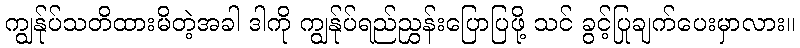
ကျွန်ုပ်သတိထားမိတဲ့အခါ ဒါကို ကျွန်ုပ်ရည်ညွှန်းပြောပြဖို့ သင် ခွင့်ပြုချက်ပေးမှာလား။